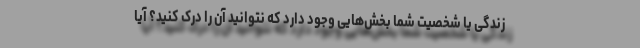
زندگی یا شخصیت شما بخش‌هایی وجود دارد که نتوانید آن را درک کنید؟ آیا